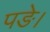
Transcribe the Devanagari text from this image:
पङे।